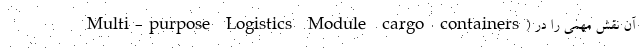
Multi-purpose Logistics Module cargo containers) آن نقش مهمی را در